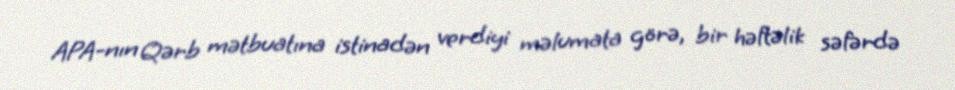
APA-nın Qərb mətbuatına istinadən verdiyi məlumata görə, bir həftəlik səfərdə